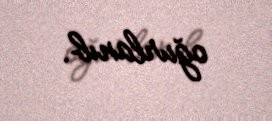
oğurlanıb.